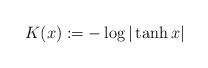
LaTeX: \begin{align*} K(x) := -\log| \tanh x | \end{align*}